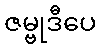
ဇမ္ဗုဒီပေ